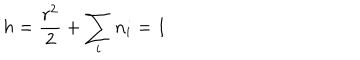
h = \frac { r ^ { 2 } } { 2 } + \sum _ { i } n _ { i } = 1